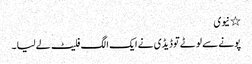
٭ نیوی
پونے سے لوٹے توڈیڈی نے ایک الگ فلیٹ لے لیا ۔